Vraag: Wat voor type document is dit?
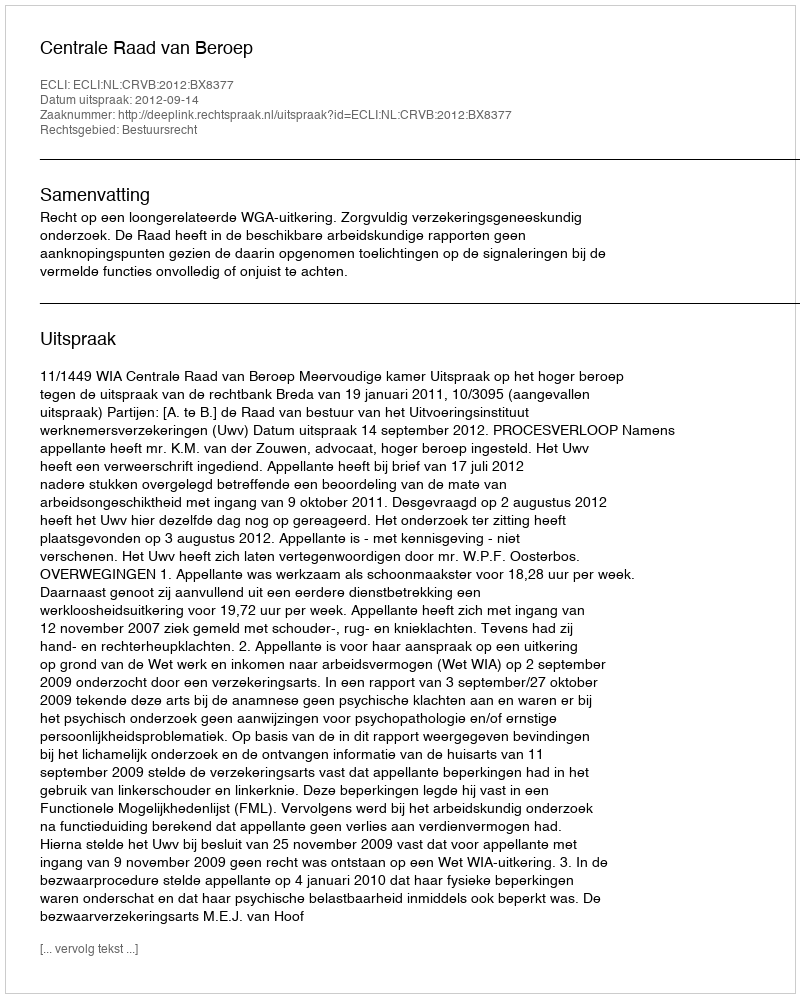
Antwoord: Uitspraak